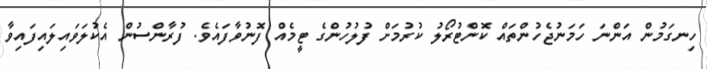
ހިނގަމުން އަންނަ ހަމަނުޖެހުންތައް ކޮންޓުރޯލު ކުރުމަށް ފުލުހުންގެ ޓީމެއް ފޮނުވާފައެވެ. ފުރާންސުން އެކުލަވައިލައިފައިވާ